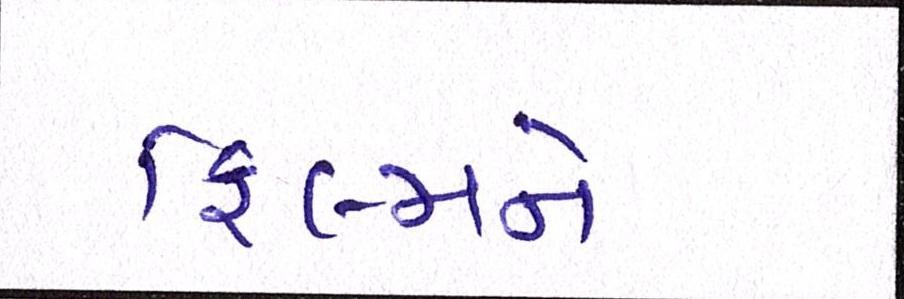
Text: ફિલ્મને